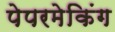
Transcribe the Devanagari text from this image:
पेपरमेकिंग